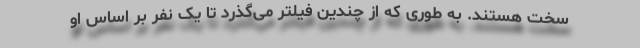
سخت هستند. به طوری که از چندین فیلتر می‌گذرد تا یک نفر بر اساس او